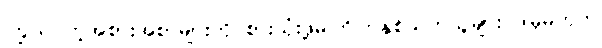
ကြွယ်ဝတဲ့အစားအစာများကို စားသုံးဖို့မကြိုက်နှစ်သက်သူများ ဒါမှမဟုတ်